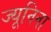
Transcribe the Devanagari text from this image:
ज्यूनिना